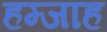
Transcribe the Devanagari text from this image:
हम्जाह